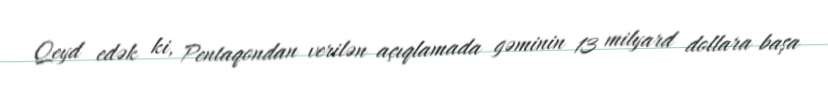
Qeyd edək ki, Pentaqondan verilən açıqlamada gəminin 13 milyard dollara başa